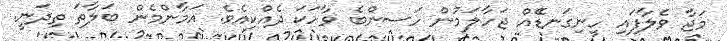
މަޖާ ވެލާފައި ހިނިގަނޑެެއް ޖަހާލަމުން ހަސންބެ ވާހަކަ ދެއްކިއެވެ. އަމާންމެން ބަލާތަ ތިދަނީ.